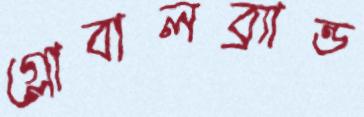
গ্লোবালব্র্যান্ড